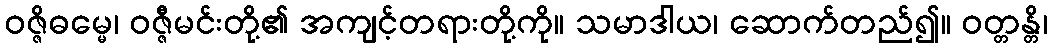
ဝဇ္ဇိဓမ္မေ၊ ဝဇ္ဇီမင်းတို့၏ အကျင့်တရားတို့ကို။ သမာဒါယ၊ ဆောက်တည်၍။ ဝတ္တန္တိ၊